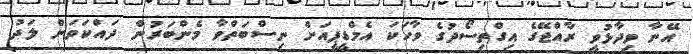
އޭނާ ވިދާޅުވީ ރާއްޖޭގެ އިގްތިސޯދުގެ ވާހަކަ އެމްޑީޕީއަށް ނިސްބަތްވާ މެންބަރުން ދައްކަވަން ލަދު